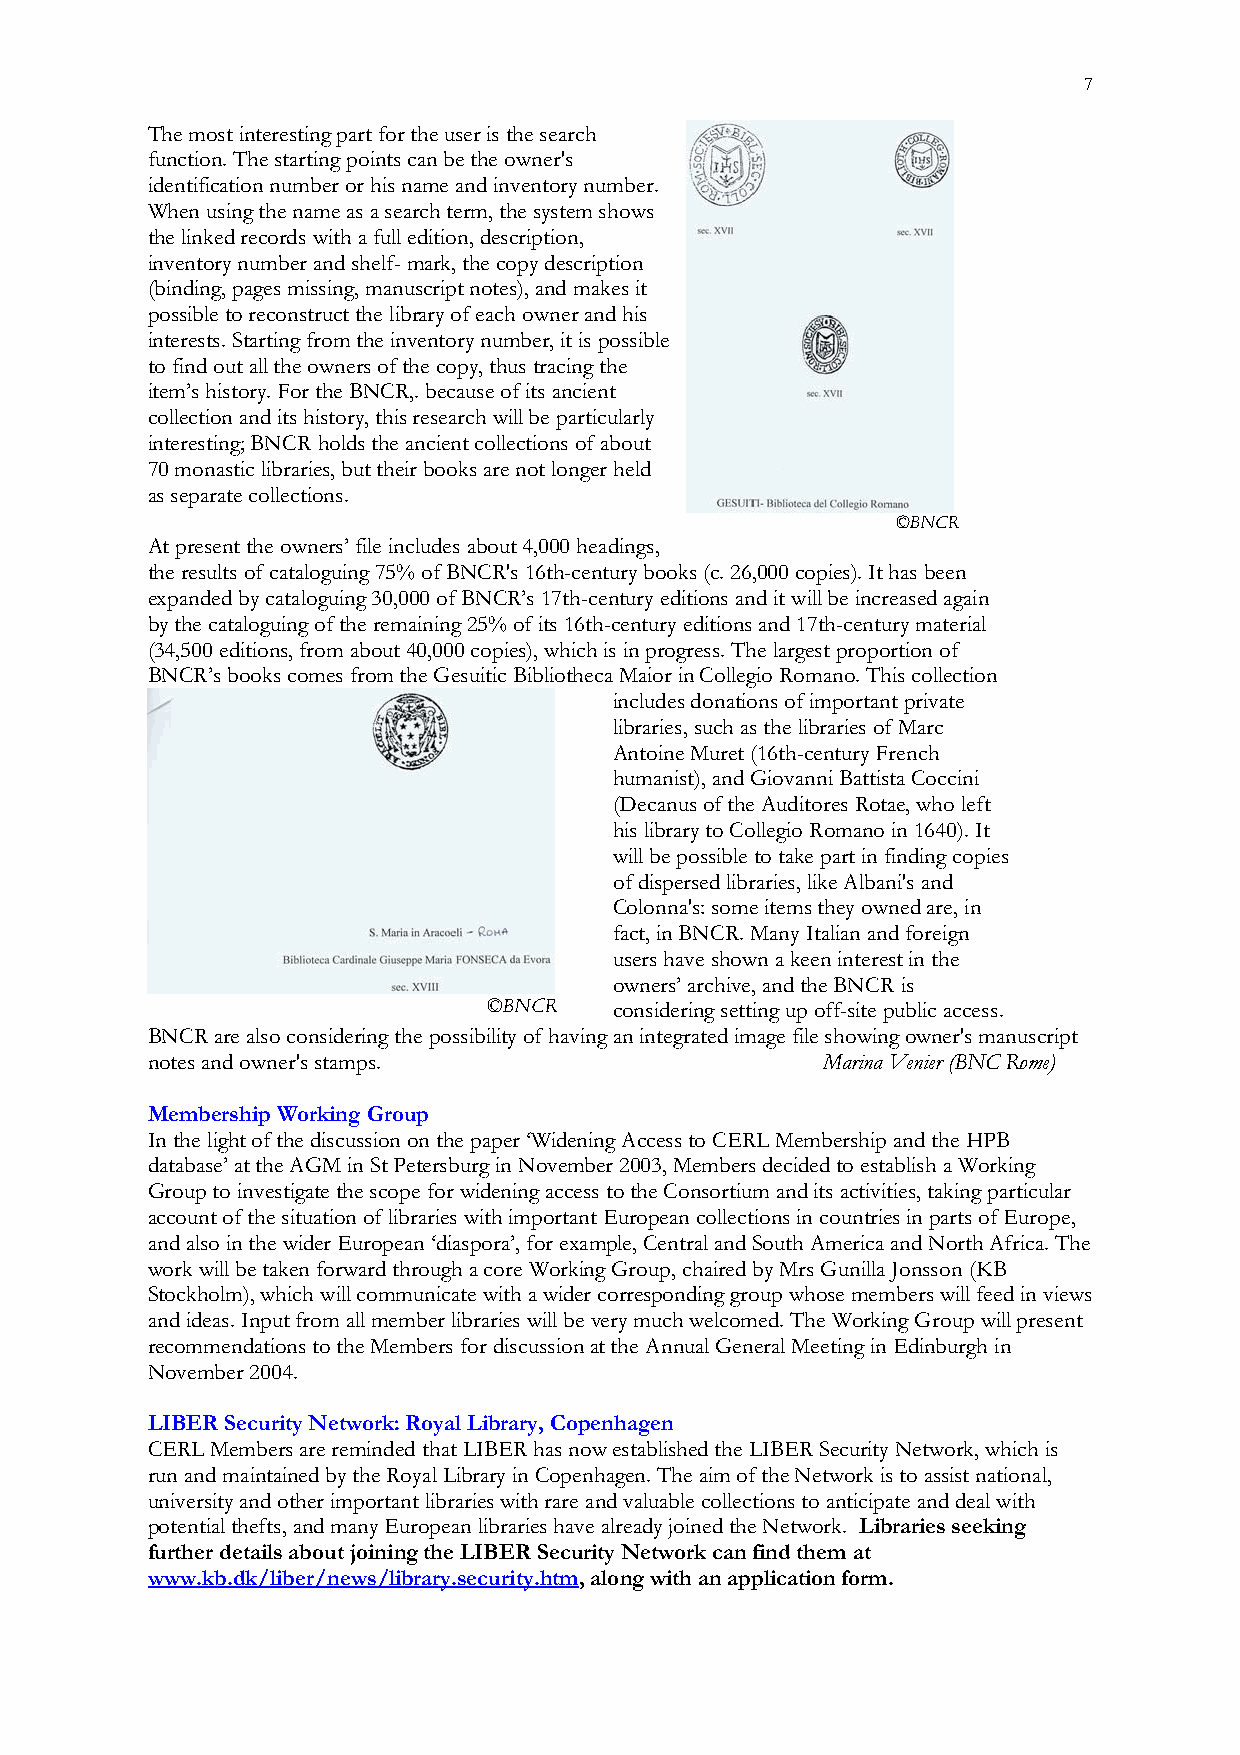
7
 The most interesting part for the user is the search
 function. The starting points can be the owner's
 identification number or his name and inventory number.
 When using the name as a search term, the system shows
 the linked records with a full edition, description,
 inventory number and shelf- mark, the copy description
 (binding, pages missing, manuscript notes), and makes it
 possible to reconstruct the library of each owner and his
 interests. Starting from the inventory number, it is possible
 to find out all the owners of the copy, thus tracing the
 item’s history. For the BNCR,. because of its ancient
 collection and its history, this research will be particularly
 interesting; BNCR holds the ancient collections of about
 70 monastic libraries, but their books are not longer held
 as separate collections.
 ©BNCR
 At present the owners’ file includes about 4,000 headings,
 the results of cataloguing 75% of BNCR's 16th-century books (c. 26,000 copies). It has been
 expanded by cataloguing 30,000 of BNCR’s 17th-century editions and it will be increased again
 by the cataloguing of the remaining 25% of its 16th-century editions and 17th-century material
 (34,500 editions, from about 40,000 copies), which is in progress. The largest proportion of
 BNCR’s books comes from the Gesuitic Bibliotheca Maior in Collegio Romano. This collection
 includes donations of important private
 libraries, such as the libraries of Marc
 Antoine Muret (16th-century French
 humanist), and Giovanni Battista Coccini
 (Decanus of the Auditores Rotae, who left
 his library to Collegio Romano in 1640). It
 will be possible to take part in finding copies
 of dispersed libraries, like Albani's and
 Colonna's: some items they owned are, in
 fact, in BNCR. Many Italian and foreign
 users have shown a keen interest in the
 owners’ archive, and the BNCR is
 ©BNCR    considering setting up off-site public access.
 BNCR are also considering the possibility of having an integrated image file showing owner's manuscript
 notes and owner's stamps.                   Marina Venier (BNC Rome)
 Membership Working Group
 In the light of the discussion on the paper ‘Widening Access to CERL Membership and the HPB
 database’ at the AGM in St Petersburg in November 2003, Members decided to establish a Working
 Group to investigate the scope for widening access to the Consortium and its activities, taking particular
 account of the situation of libraries with important European collections in countries in parts of Europe,
 and also in the wider European ‘diaspora’, for example, Central and South America and North Africa. The
 work will be taken forward through a core Working Group, chaired by Mrs Gunilla Jonsson (KB
 Stockholm), which will communicate with a wider corresponding group whose members will feed in views
 and ideas. Input from all member libraries will be very much welcomed. The Working Group will present
 recommendations to the Members for discussion at the Annual General Meeting in Edinburgh in
 November 2004.
 LIBER Security Network: Royal Library, Copenhagen
 CERL Members are reminded that LIBER has now established the LIBER Security Network, which is
 run and maintained by the Royal Library in Copenhagen. The aim of the Network is to assist national,
 university and other important libraries with rare and valuable collections to anticipate and deal with
 potential thefts, and many European libraries have already joined the Network. Libraries seeking
 further details about joining the LIBER Security Network can find them at
 www.kb.dk/liber/news/library.security.htm, along with an application form.